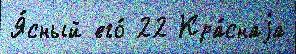
Я́сный его́ 22 Кра́снаjа